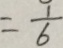
= \frac { 1 } { 6 }